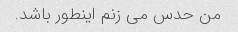
من حدس می زنم اینطور باشد.